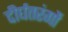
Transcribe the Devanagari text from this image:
दीर्घतरंगों